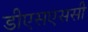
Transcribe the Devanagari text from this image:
डीएसएससी